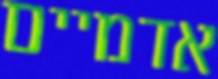
אדמיים